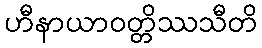
ဟီနာယာဝတ္တိဿသီတိ